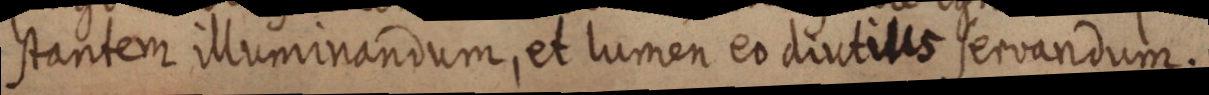
stantem illuminandum, et lumen es diutius servandum.